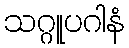
သဂ္ဂူပဂါနံ